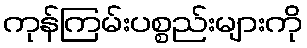
ကုန်ကြမ်းပစ္စည်းများကို